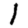
Digit: 1